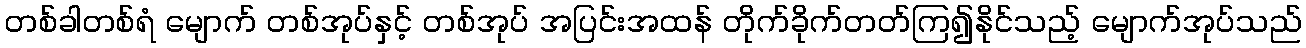
တစ်ခါတစ်ရံ မျောက် တစ်အုပ်နှင့် တစ်အုပ် အပြင်းအထန် တိုက်ခိုက်တတ်ကြ၍နိုင်သည့် မျောက်အုပ်သည်